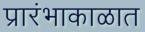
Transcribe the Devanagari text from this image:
प्रारंभाकाळात